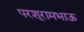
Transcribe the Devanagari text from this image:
परशूरामभाऊ